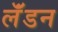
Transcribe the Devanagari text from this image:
लॅंडन